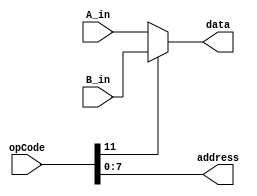
// Andrew Doucet
// Spencer Dugas

//Store
module ST (A_in, B_in, opCode, data, address);

    // I/O
    input [15:0] A_in, B_in, opCode;
    output [15:0] data;
    output [7:0] address;

    // Assignment
    assign data = (opCode [11])?(B_in):(A_in);
    assign address = opCode [7:0];
endmodule